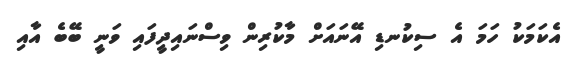
އެކަމަކު ހަމަ އެ ސިކުނޑި އޭނައަށް މާކުރިން ވިސްނައިދީފައި ވަނީ ބޭބެ އާއި